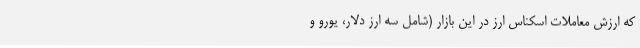
که ارزش معاملات اسکناس ارز در این بازار (شامل سه ارز دلار، یورو و